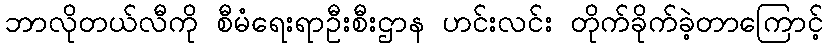
ဘာလိုတယ်လီကို စီမံရေးရာဦးစီးဌာန ဟင်းလင်း တိုက်ခိုက်ခဲ့တာကြောင့်